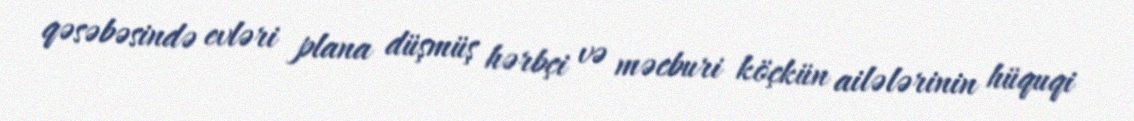
qəsəbəsində evləri plana düşmüş hərbçi və məcburi köçkün ailələrinin hüquqi